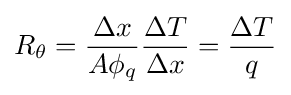
R_{\theta }={\frac {\Delta x}{A\phi _{q}}}{\frac {\Delta T}{\Delta x}}={\frac {\Delta T}{q}}